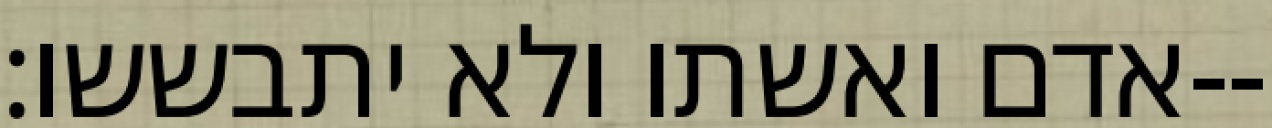
אדם ואשתו ולא יתבששו׃--